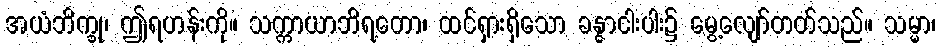
အယံဘိက္ခု၊ ဤရဟန်းကို။ သက္ကာယာဘိရတော၊ ထင်ရှားရှိသော ခန္ဓာငါးပါး၌ မွေ့လျော်တတ်သည်။ သမ္မာ၊